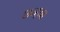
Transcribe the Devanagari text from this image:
छत्र्‍या